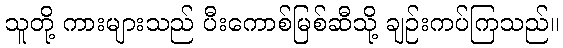
သူတို့ ကားများသည် ပီးကောစ်မြစ်ဆီသို့ ချဉ်းကပ်ကြသည်။